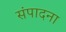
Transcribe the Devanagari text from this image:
संपादना